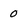
Character: 0